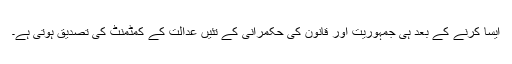
ایسا کرنے کے بعد ہی جمہوریت اور قانون کی حکمرانی کے تئیں عدالت کے کمٹمنٹ کی تصدیق ہوتی ہے۔